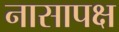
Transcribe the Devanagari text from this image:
नासापक्ष